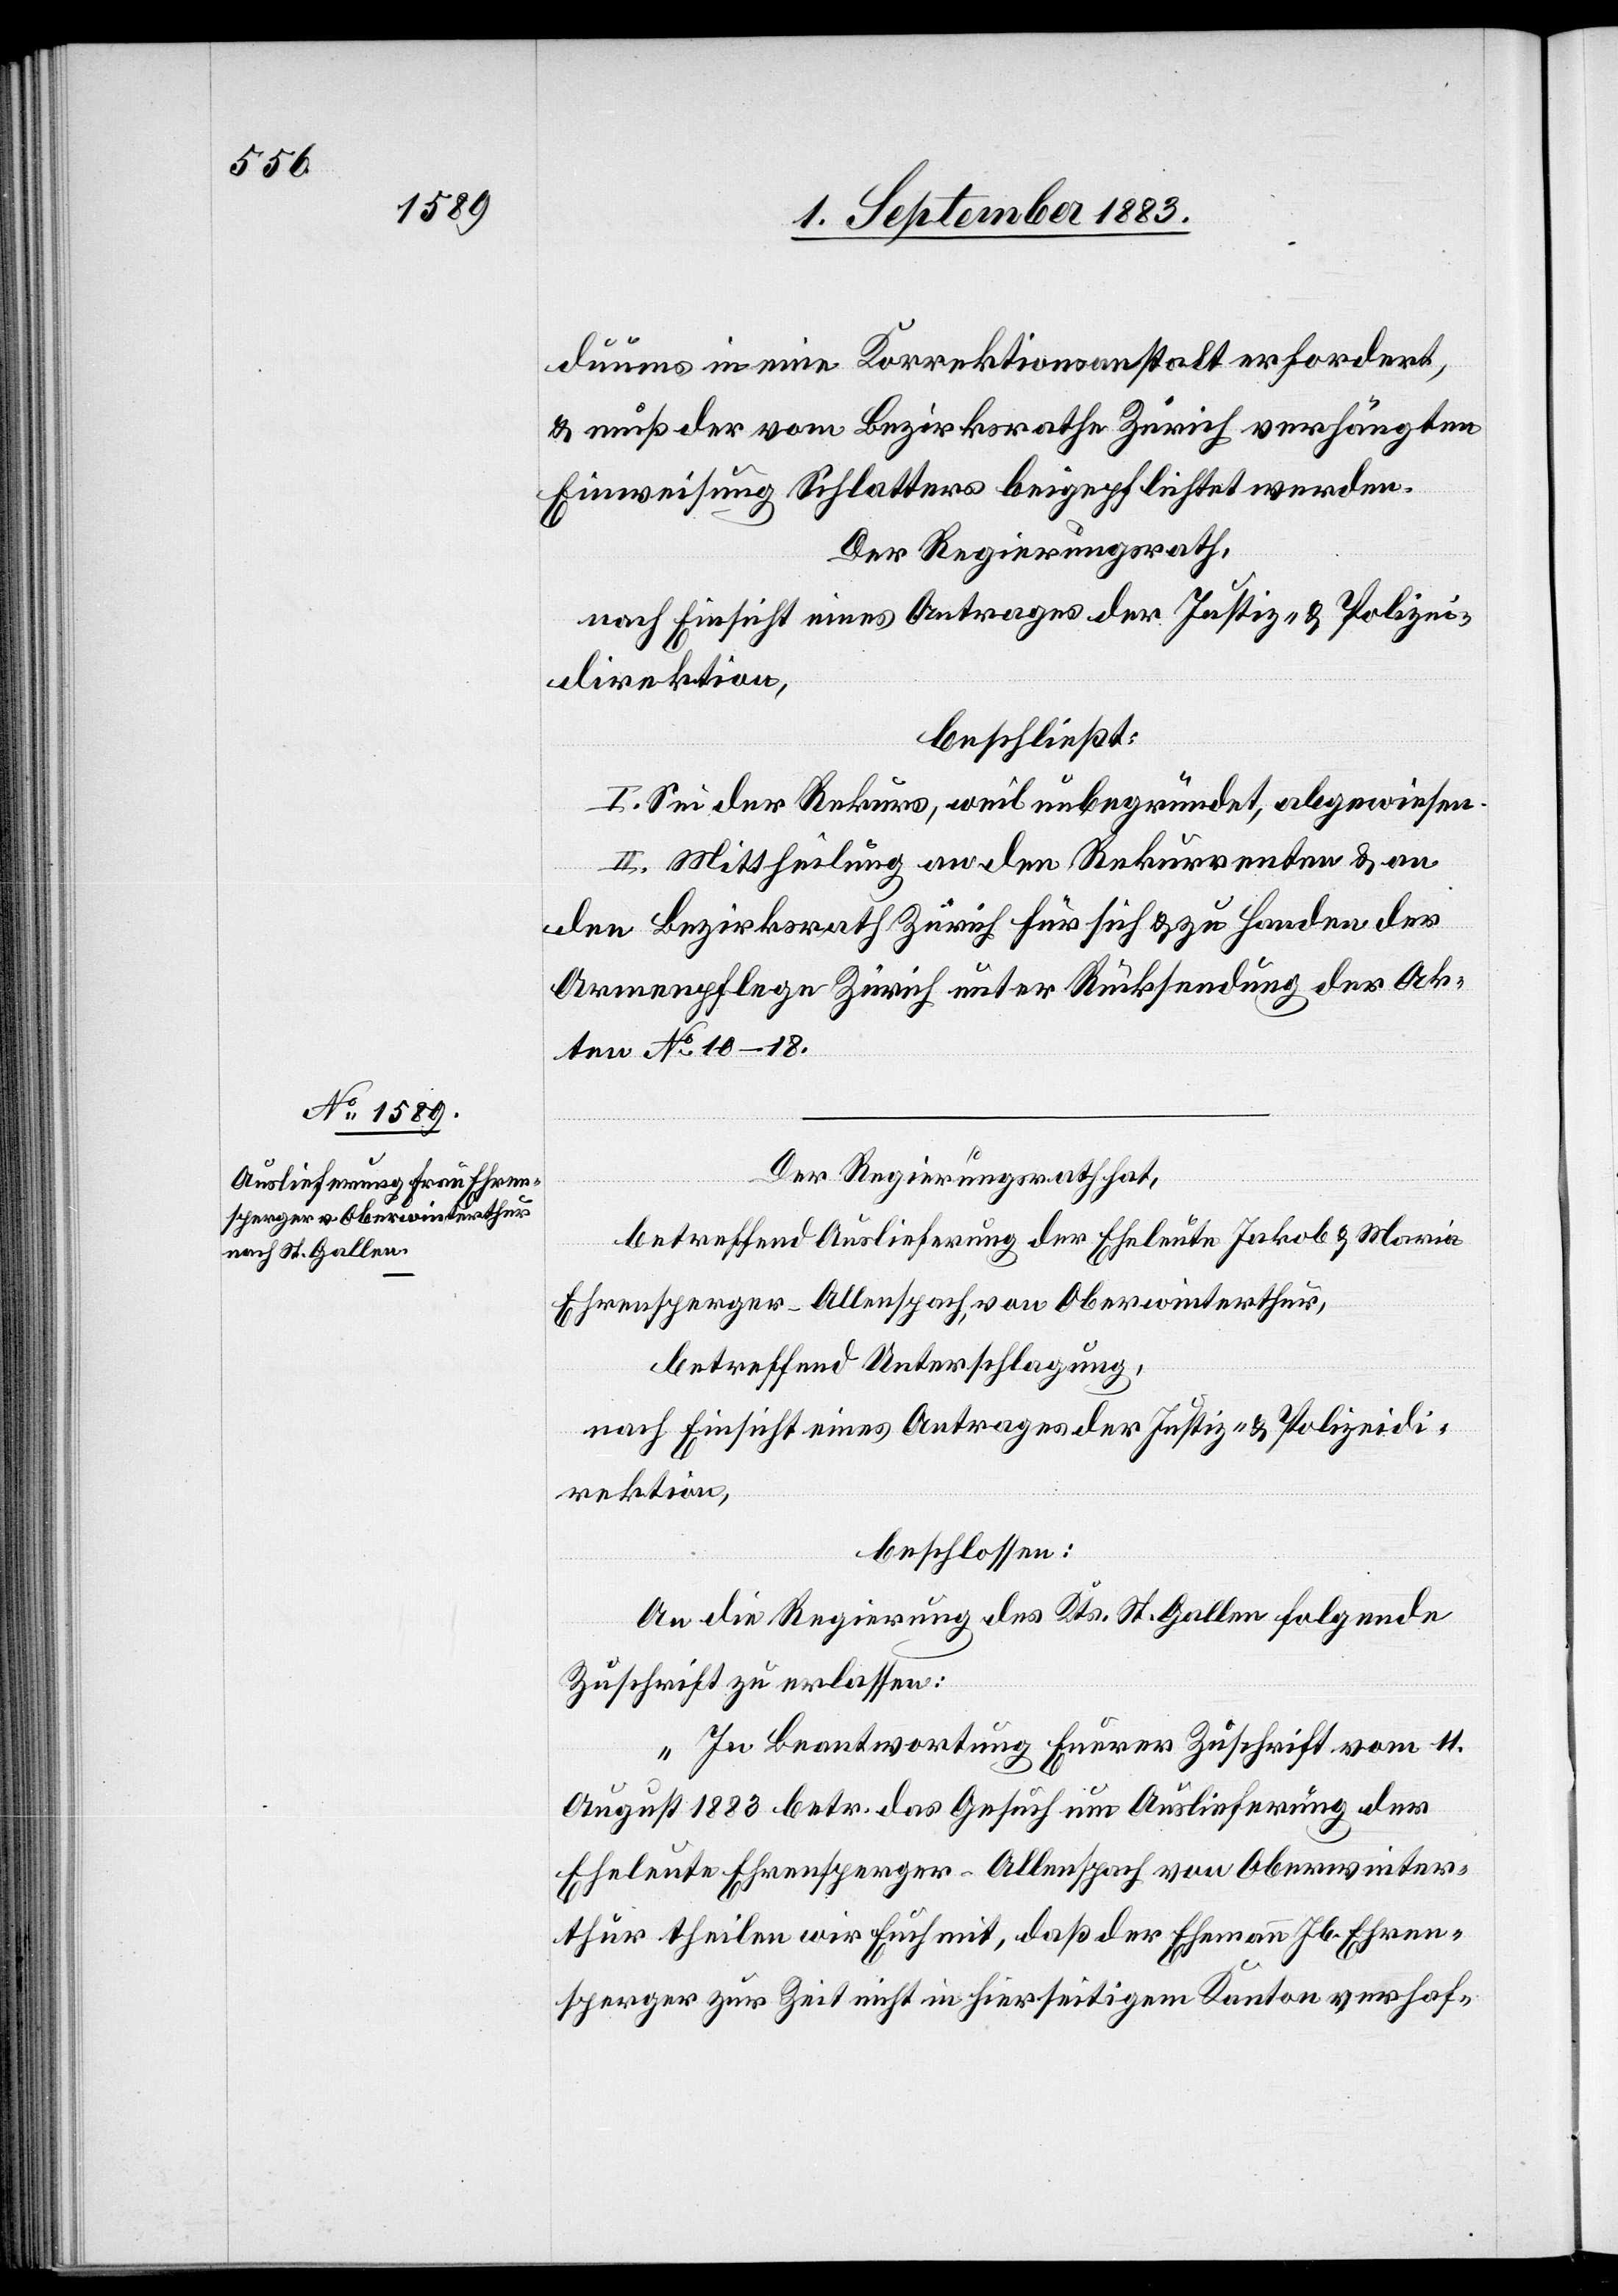
Der Regierungsrath hat,
betreffend Auslieferung der Eheleute Jakob & Maria
Ehrensperger-Allenspach, von Oberwinterthur,
betreffend Unterschlagung,
nach Einsicht eines Antrages der Justiz- & Polizeidi¬
rektion,
beschlossen:
An die Regierung des Kts. St. Gallen folgende
Zuschrift zu erlassen:
„In Beantwortung Eurer Zuschrift vom 11.
August 1883 betr. das Gesuch um Auslieferung der
Eheleute Ehrensperger-Allenspach von Oberwinter¬
thur theilen wir Euch mit, daß der Ehemann Jb. Ehren¬
sperger zur Zeit nicht in hierseitigem Kanton verhaf-